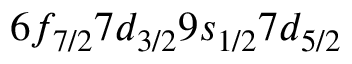
6 f _ { 7 / 2 } 7 d _ { 3 / 2 } 9 s _ { 1 / 2 } 7 d _ { 5 / 2 }